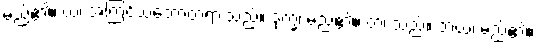
မည်၏။ ယံ၊ အကြင်သဘောတရားသည်။ ဒုက္ခံ၊ မည်၏။ တံ၊ သည်။ ဘယံ၊ မည်၏။